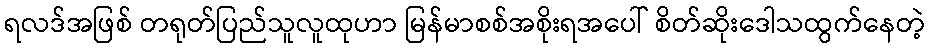
ရလဒ်အဖြစ် တရုတ်ပြည်သူလူထုဟာ မြန်မာစစ်အစိုးရအပေါ် စိတ်ဆိုးဒေါသထွက်နေတဲ့